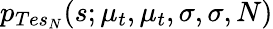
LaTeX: p_{Tes_{N}}(s;\mu_{t},\mu_{t},\sigma,\sigma,N)